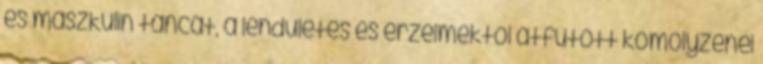
és maszkulin táncát, a lendületes és érzelmektől átfűtött komolyzenei